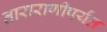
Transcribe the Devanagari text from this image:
ताराराणीपर्यंत